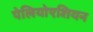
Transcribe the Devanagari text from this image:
पेलियोएशियन